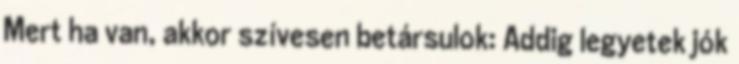
Mert ha van, akkor szívesen betársulok: Addig legyetek jók